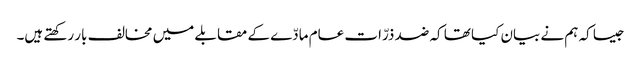
جیسا کہ ہم نے بیان کیا تھا کہ ضد ذرّات عام مادّے کے مقابلے میں مخالف بار رکھتے ہیں۔